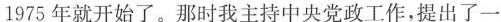
1975年就开始了。那时我主持中央党政工作，提出了一